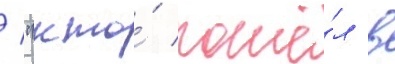
/ "кто́ пошё́л в